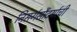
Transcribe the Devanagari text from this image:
निसर्गसौंदर्याची